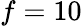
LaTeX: f=10